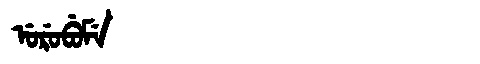
Manchu: ᡠᡵᡠᠪᡠᠮᡝ
Romanization: URUBUME